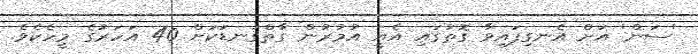
'ސަން' އަށް އެނގިފައިވާ ގޮތުގައި އެއީ އުމުރުން ގާތްގަނޑަކަށް 40 އަހަރުގެ މީހެކެވެ.